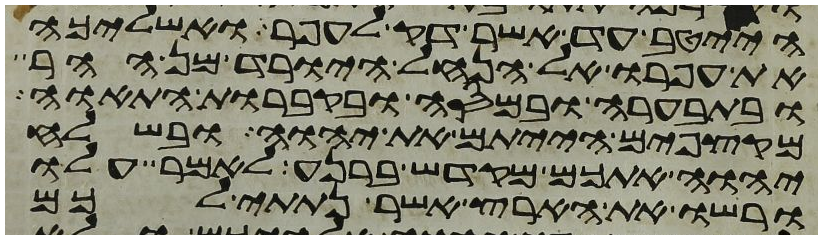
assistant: הייטב עד אשר דק לעפר ואשליכה
את עפרו אל הנחל היורד מן ההר
ובתבערה ובמסה ובקברות התאוה
מקצפים הייתם את יהוה ובשלח
יהוה אתכם מקדש ברנע לאמר עלו
ורשו את הארץ אשר נתתי לכם